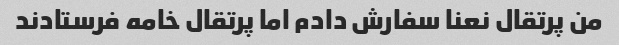
من پرتقال نعنا سفارش دادم اما پرتقال خامه فرستادند